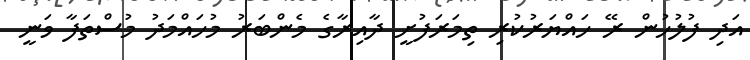
އަދި ފުލުހުން ރޭ ހައްޔަރުކުރި ތިމަރަފުށީ ދާއިރާގެ މެންބަރު މުހައްމަދު މުސްތަފާ ވަނީ